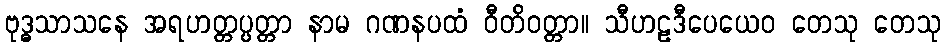
ဗုဒ္ဓသာသနေ အရဟတ္တပ္ပတ္တာ နာမ ဂဏနပထံ ဝီတိဝတ္တာ။ သီဟဠဒီပေယေဝ တေသု တေသု